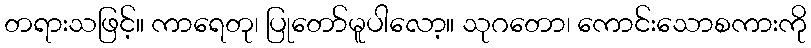
တရားသဖြင့်။ ကာရေတု၊ ပြုတော်မူပါလော့။ သုဂတော၊ ကောင်းသောစကားကို